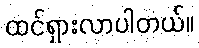
ထင်ရှားလာပါတယ်။